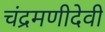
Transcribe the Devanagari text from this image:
चंद्रमणीदेवी